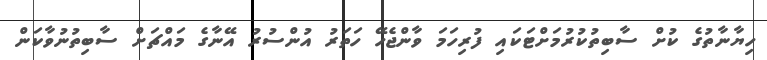
ހިޔާނާތުގެ ކުށް ސާބިތުކުރުމަށްޓަކައި ފުރިހަމަ ވާންޖެހޭ ހަތަރު އުންސުރު އޭނާގެ މައްޗަށް ސާބިތުނުވާކަން